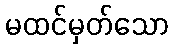
မထင်မှတ်သော